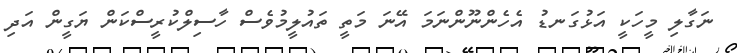
ނަގާލި މީހަކީ އަޅުގަނޑު އެހެންނޫންނަމަ އޭނަ މަތީ ތައުލީމުވެސް ހާސިލްކުރީސްކަން ޔަގީން އަދި